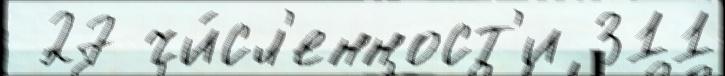
 27 чи́сл'енност'и 311